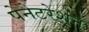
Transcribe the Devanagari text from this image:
पेनेटरेशन